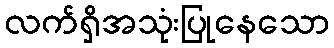
လက်ရှိအသုံးပြုနေသော